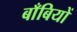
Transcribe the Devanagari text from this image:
बाँबियों